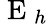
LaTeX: \mathrm{~E~}_{h}